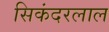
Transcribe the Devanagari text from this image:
सिकंदरलाल